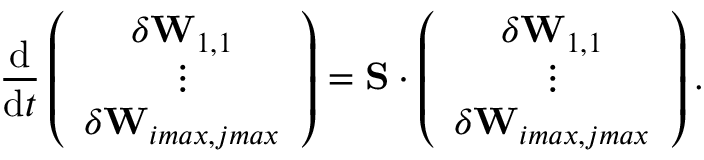
\frac { \mathrm { d } } { \mathrm { d } t } \left( \begin{array} { c } { \delta \mathbf { W } _ { 1 , 1 } } \\ { \vdots } \\ { \delta \mathbf { W } _ { i m a x , j m a x } } \end{array} \right) = \mathbf { S } \cdot \left( \begin{array} { c } { \delta \mathbf { W } _ { 1 , 1 } } \\ { \vdots } \\ { \delta \mathbf { W } _ { i m a x , j m a x } } \end{array} \right) .